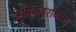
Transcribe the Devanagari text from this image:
भूमिकेबरोबरच